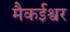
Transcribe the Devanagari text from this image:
मैकईश्वर